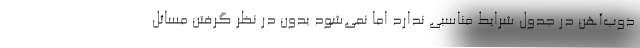
ذوب‌آهن در جدول شرایط مناسبی ندارد اما نمی‌شود بدون در نظر گرفتن مسائل